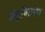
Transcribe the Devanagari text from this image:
जंतुवितरण